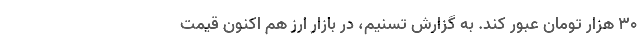
30 هزار تومان عبور کند. به گزارش تسنیم،‌ در بازار ارز هم اکنون قیمت